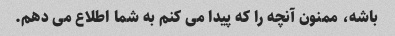
باشه، ممنون آنچه را که پیدا می کنم به شما اطلاع می دهم.